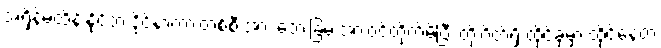
အရှိန်မထိန်းနိုင်ဘဲ ဒိုင်နာကားတစ်စီးအား ဘေးခြမ်းအားဝင်တိုက်မိပြီး တိုးဂိတ်ရှိ ထိုင်ခုံမှာ ထိုင်နေတဲ့